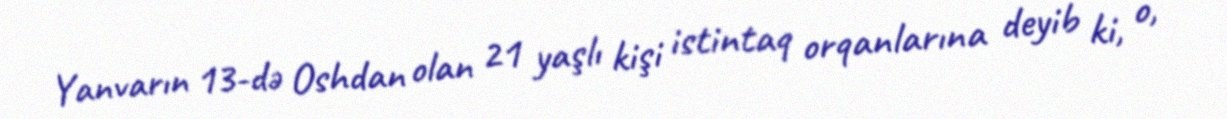
Yanvarın 13-də Oshdan olan 21 yaşlı kişi istintaq orqanlarına deyib ki, o,